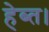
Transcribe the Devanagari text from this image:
हेब्त।